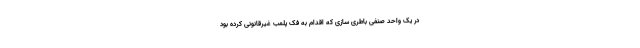
در یک واحد صنفی باطری سازی که اقدام به فک پلمب غیرقانونی کرده بود